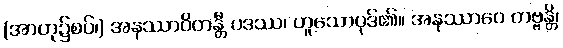
(အာဟု၌စပ်၊) အနုဿာဝိတန္တီ ပဒဿ၊ ဟူသောပုဒ်၏။ အနုဿာဝေ တဗ္ဗန္တိ၊